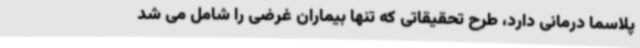
پلاسما درمانی دارد، طرح تحقیقاتی که تنها بیماران غرضی را شامل می شد